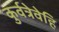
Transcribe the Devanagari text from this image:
कुर्वत्रेवेहि